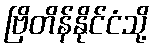
ဗြိတိန်နိုင်ငံသို့